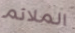
الملائم